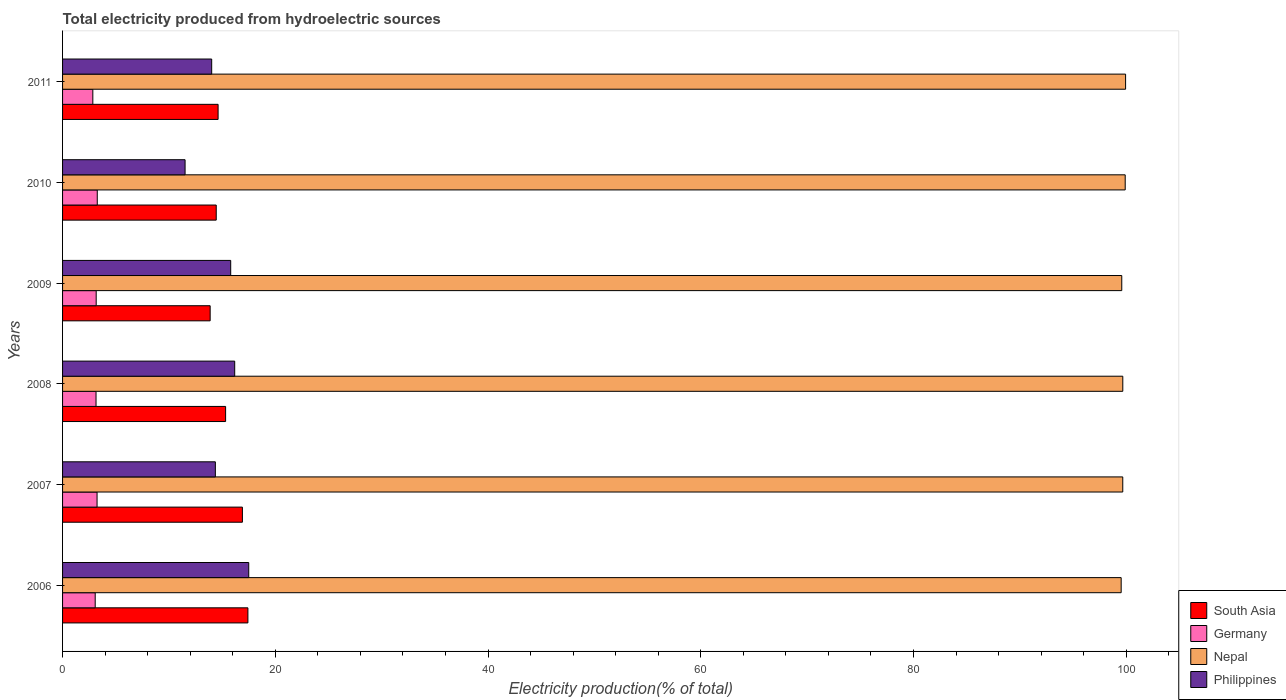
| Years | South Asia | Germany | Nepal | Philippines |
 | --- | --- | --- | --- | --- |
 | 2006 | 17.4 | 3.07 | 99.5 | 17.5 |
 | 2007 | 16.9 | 3.24 | 99.7 | 14.4 |
 | 2008 | 15.3 | 3.15 | 99.7 | 16.2 |
 | 2009 | 13.9 | 3.16 | 99.6 | 15.8 |
 | 2010 | 14.4 | 3.26 | 99.9 | 11.5 |
 | 2011 | 14.6 | 2.85 | 99.9 | 14 |